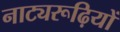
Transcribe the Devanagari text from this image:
नाट्यरूढ़ियों